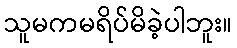
သူမကမရိပ်မိခဲ့ပါဘူး။